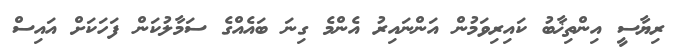
ރިޔާސީ އިންތިޚާބު ކައިރިވަމުން އަންނައިރު އެންމެ ގިނަ ބައެއްގެ ސަމާލުކަން ފަހަކަށް އައިސް